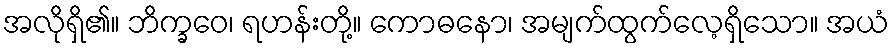
အလိုရှိ၏။ ဘိက္ခဝေ၊ ရဟန်းတို့။ ကောဓနော၊ အမျက်ထွက်လေ့ရှိသော။ အယံ